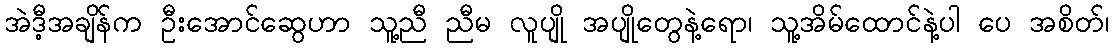
အဲဒီ့အချိန်က ဦးအောင်ဆွေဟာ သူ့ညီ ညီမ လူပျို အပျိုတွေနဲ့ရော၊ သူ့အိမ်ထောင်နဲ့ပါ ပေ အစိတ်၊